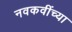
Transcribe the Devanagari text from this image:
नवकवींच्या